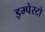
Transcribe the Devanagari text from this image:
इम्पेस्टो